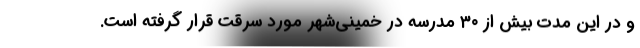
و در این مدت بیش از ۳۰ مدرسه در خمینی‌شهر مورد سرقت قرار گرفته است.